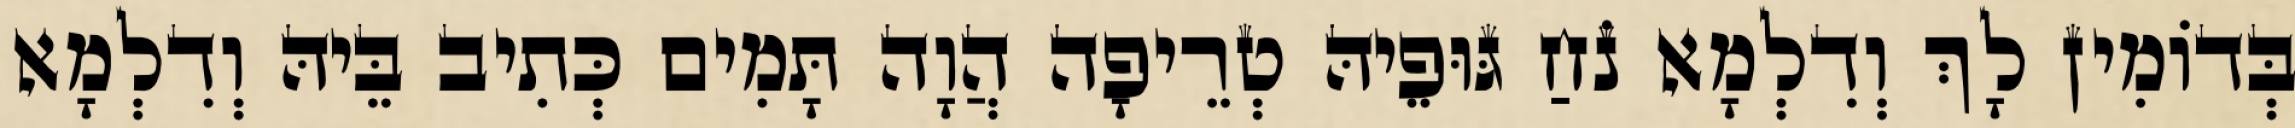
בְּדוֹמִין לָךְ וְדִלְמָא נֹחַ גּוּפֵיהּ טְרֵיפָה הֲוָה תָּמִים כְּתִיב בֵּיהּ וְדִלְמָא